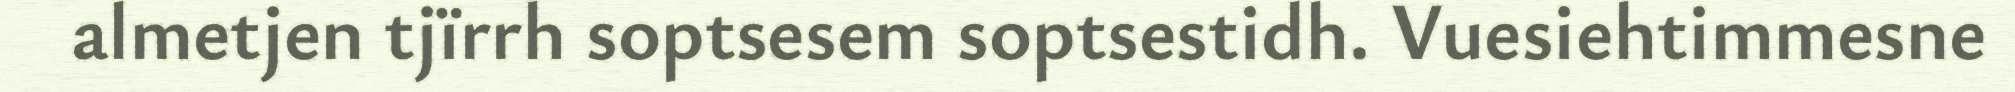
almetjen tjïrrh soptsesem soptsestidh. Vuesiehtimmesne